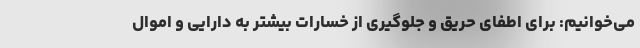
می‌خوانیم: برای اطفای حریق و جلوگیری از خسارات بیشتر به دارایی و اموال